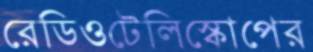
রেডিওটেলিস্কোপের